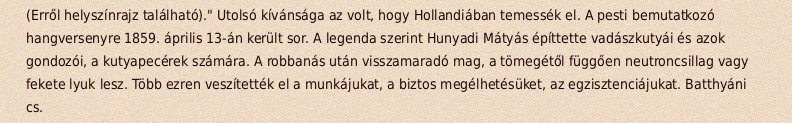
(Erről helyszínrajz található)." Utolsó kívánsága az volt, hogy Hollandiában temessék el. A pesti bemutatkozó hangversenyre 1859. április 13-án került sor. A legenda szerint Hunyadi Mátyás építtette vadászkutyái és azok gondozói, a kutyapecérek számára. A robbanás után visszamaradó mag, a tömegétől függően neutroncsillag vagy fekete lyuk lesz. Több ezren veszítették el a munkájukat, a biztos megélhetésüket, az egzisztenciájukat. Batthyáni cs.